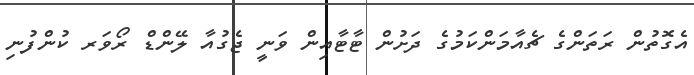
އެގޮތުން ރަތަންގެ ޗެއާމަންކަމުގެ ދަށުން ޓާޓާއިން ވަނީ ޖެގުއާ ލޭންޑް ރޯވަރ ކުންފުނި